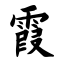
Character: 霞